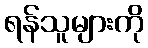
ရန်သူများကို